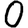
Digit: 0